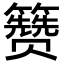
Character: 𬖃